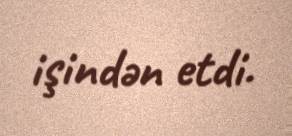
işindən etdi.